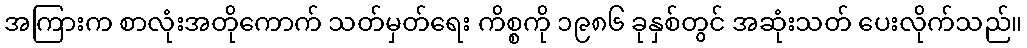
အကြားက စာလုံးအတိုကောက် သတ်မှတ်ရေး ကိစ္စကို ၁၉၈၆ ခုနှစ်တွင် အဆုံးသတ် ပေးလိုက်သည်။